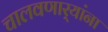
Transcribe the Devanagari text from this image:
चालवणार्‍यांना